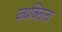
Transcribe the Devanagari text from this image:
ऴ्यक्तित्व